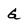
Character: G